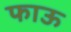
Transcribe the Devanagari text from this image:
फाऊ